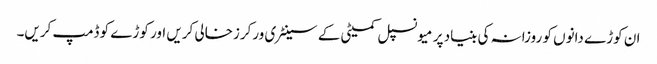
ان کوڑے دانوں کو روزانہ کی بنیاد پر میونسپل کمیٹی کے سینٹری ورکرزخالی کریں اور کوڑے کو ڈمپ کریں۔